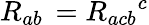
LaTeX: R_{ab}\, ={R_{acb}}^{c}